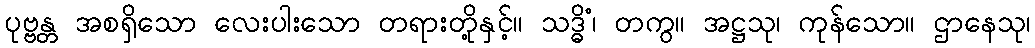
ပုဗ္ဗန္တ အစရှိသော လေးပါးသော တရားတို့နှင့်။ သဒ္ဓိံ၊ တကွ။ အဋ္ဌသု၊ ကုန်သော။ ဌာနေသု၊